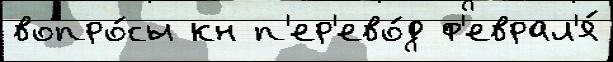
вопро́сы кн п'ер'ево́д ф'еврал'я́